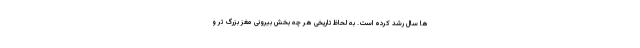
ها سال رشد کرده است. به لحاظ تاریخی هر چه بخش بیرونی مغز بزرگ تر و